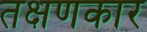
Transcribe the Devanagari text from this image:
तक्षणकार